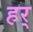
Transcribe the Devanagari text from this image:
हर्